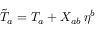
\tilde { T } _ { a } = T _ { a } + X _ { a b } \, \eta ^ { b }